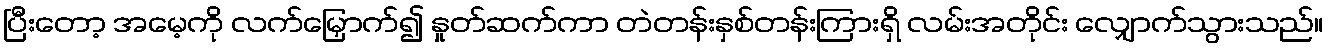
ပြီးတော့ အမေ့ကို လက်မြှောက်၍ နှုတ်ဆက်ကာ တဲတန်းနှစ်တန်းကြားရှိ လမ်းအတိုင်း လျှောက်သွားသည်။